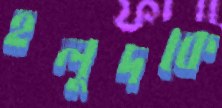
হলুদকে